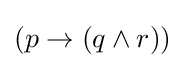
(p\to (q\land r))